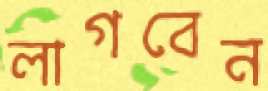
লাগবেন